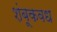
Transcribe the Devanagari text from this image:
शंबूकवध